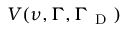
V ( \ensuremath { \nu } , \ensuremath { \Gamma } , \ensuremath { \Gamma } _ { \mathrm { ~ D ~ } } )